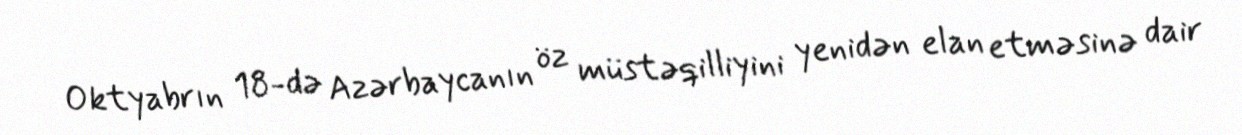
Oktyabrın 18-də Azərbaycanın öz müstəqilliyini yenidən elan etməsinə dair